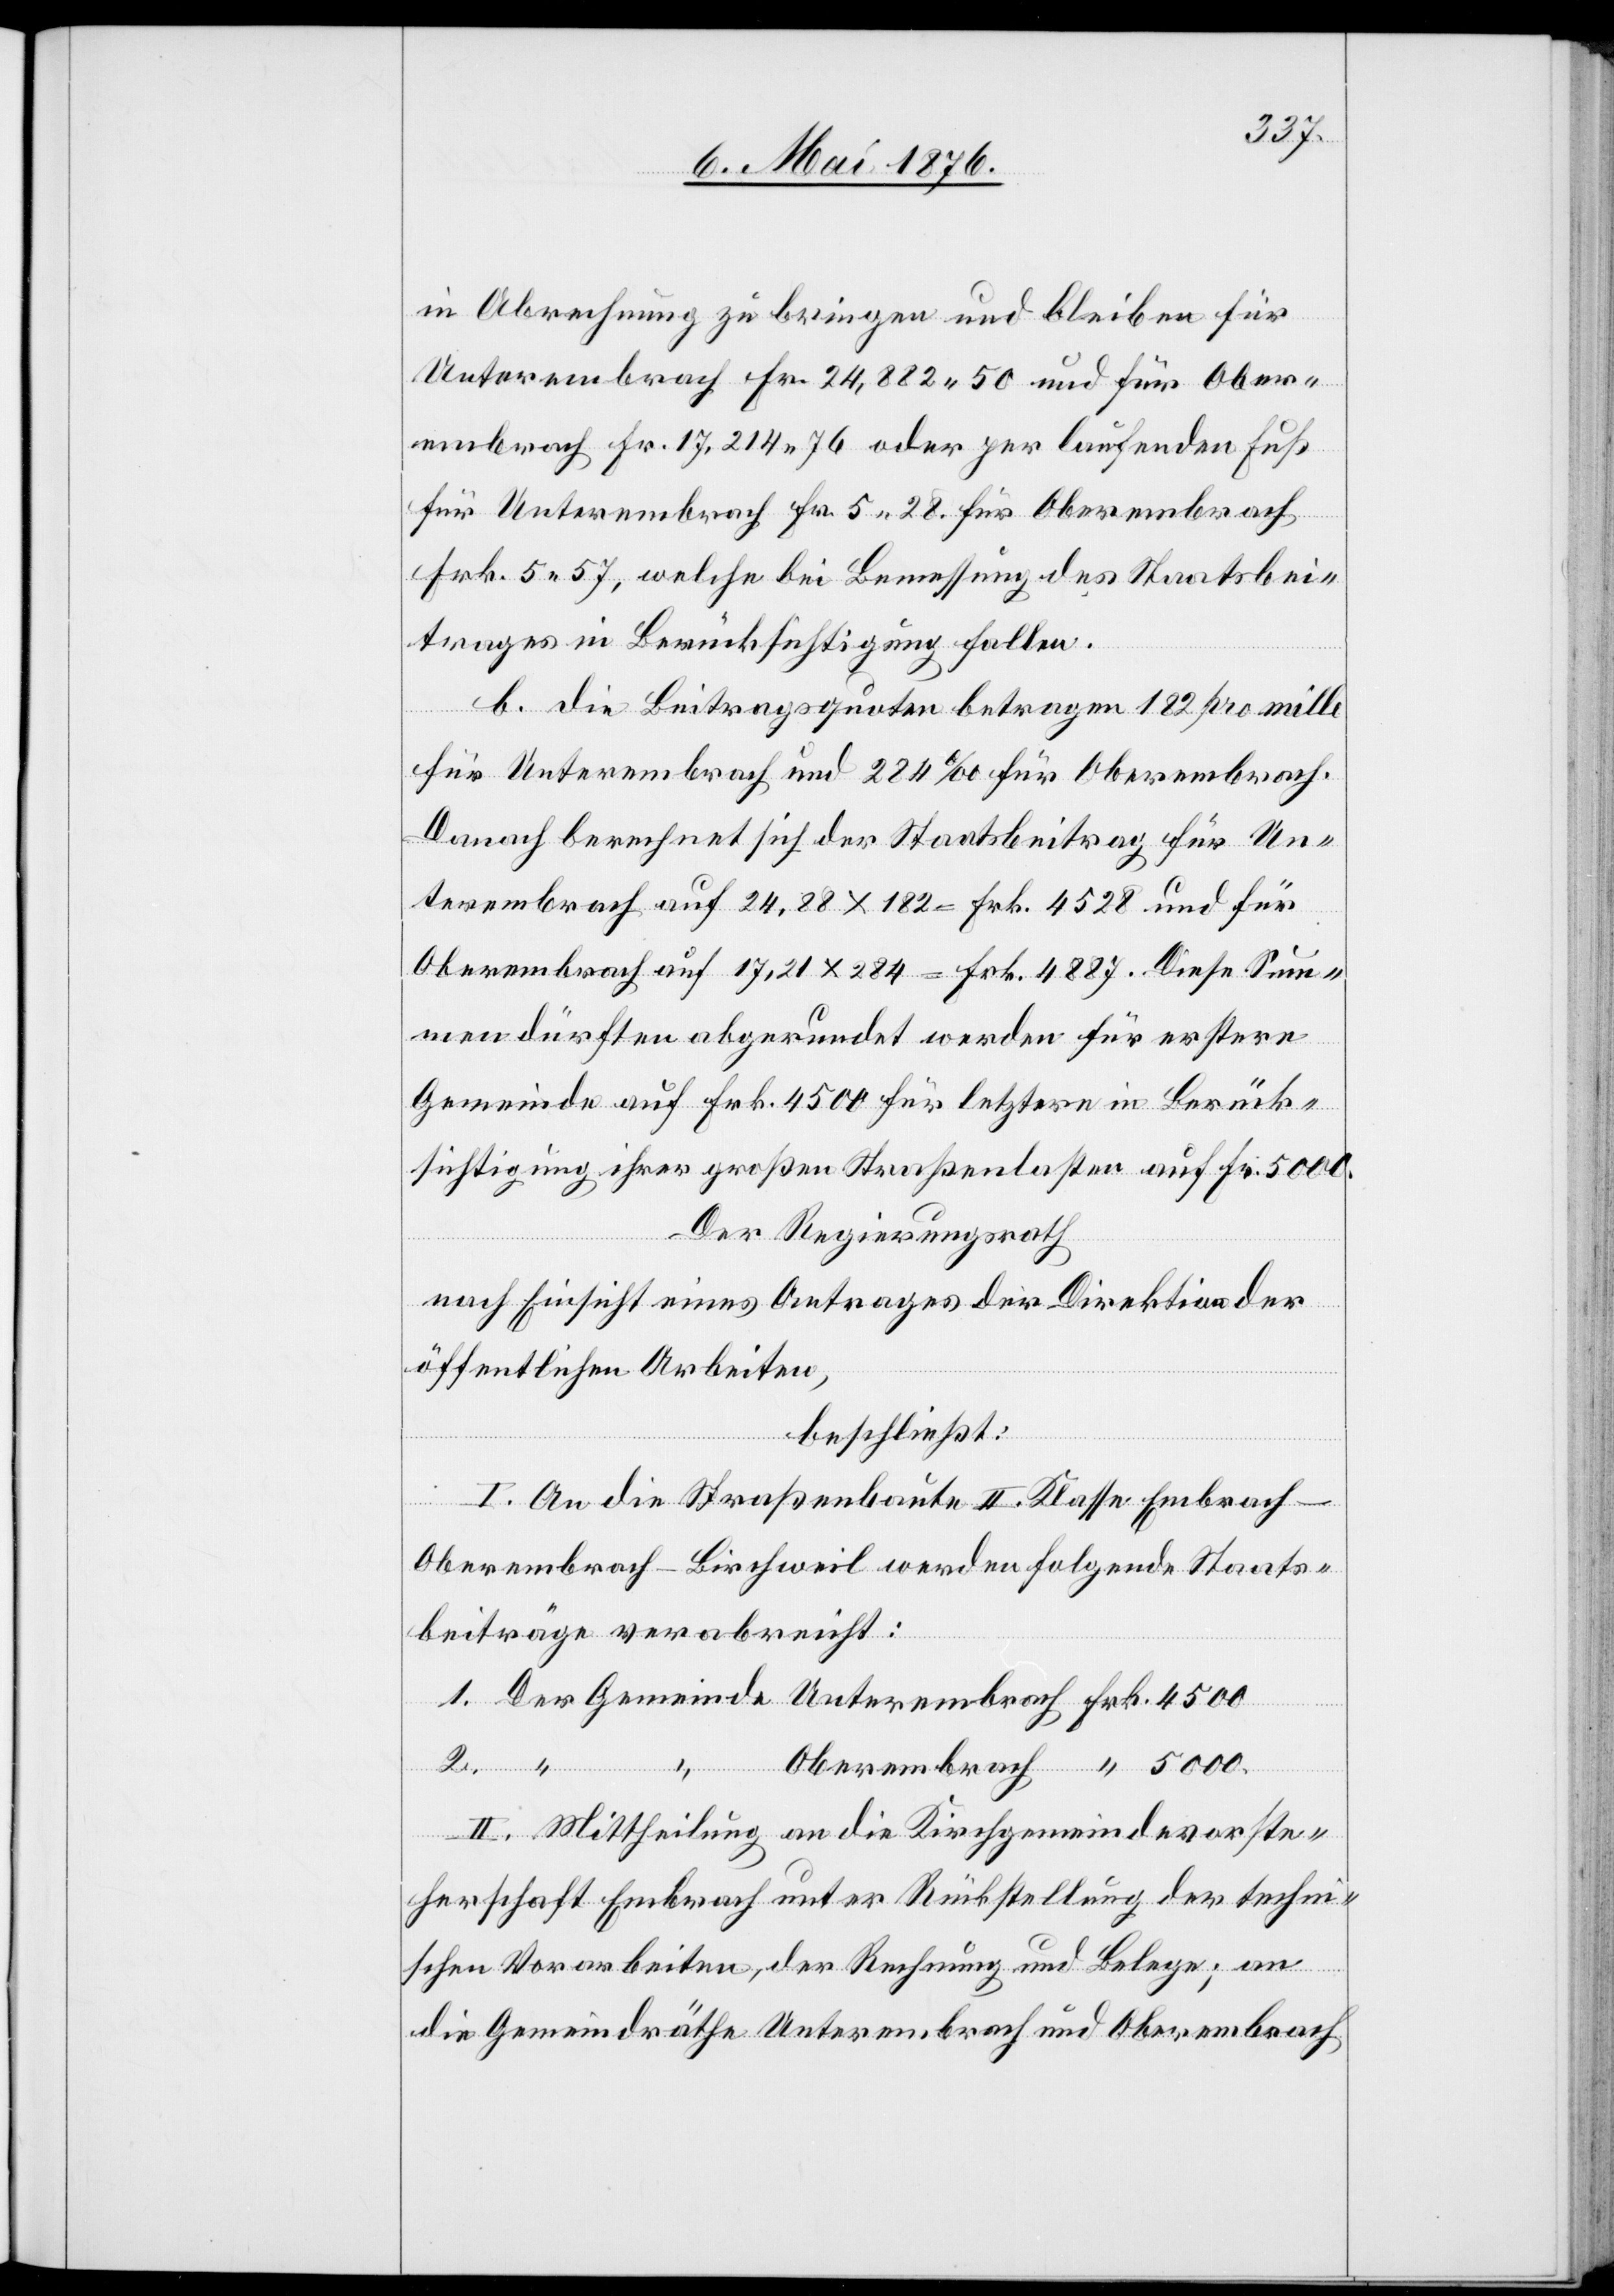
in Abrechnung zu bringen und bleiben für
Unterembrach Fr. 24,882 50 und für Ober¬
embrach Fr. 17,214 76 oder per laufenden Fuß
für Unterembrach Fr. 5 28 für Oberembrach
Frk. 5 57, welche bei Bemessung des Staatsbei¬
trages in Berücksichtigung fallen.
Frk.
b. die Beitragsquoten betragen 182 pro mille
für Unterembrach und 284 ‰ für Oberembrach.
Danach berechnet sich der Staatsbeitrag für Un¬
terembrach auf 24,88 x 182 = Frk. 4528 und für
Oberembrach auf 17,21 x 284 = Frk. 4887. Diese Sum¬
men dürften abgerundet werden für erstere
Gemeinde auf Frk. 4500 für letztere in Berück¬
sichtigung ihrer großen Straßenlasten auf Fr. 5000.
Der Regierungsrath
Gemeinde
nach Einsicht eines Antrages der Direktion der
öffentlichen Arbeiten,
beschließt:
I. An die Straßenbaute II. Klasse Embrach–O¬
berembrach–Birschweil werden folgende Staats¬
beiträge verabreicht:
II. Mittheilung an die Kirchgemeindevorste¬
herschaft Embrach unter Rückstellung der techni¬
2.
schen Vorarbeiten, der Rechnung und Belege; an
die Gemeindräthe Unterembrach und Oberembrach